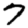
Digit: 7